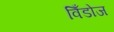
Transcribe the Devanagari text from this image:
विँडोज